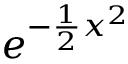
e ^ { - { \frac { 1 } { 2 } } x ^ { 2 } }